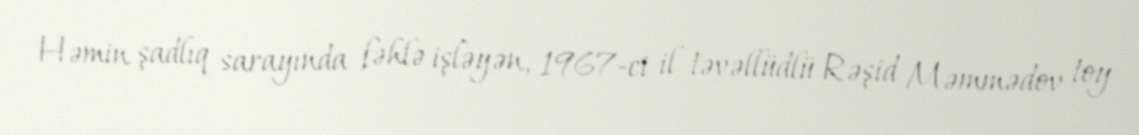
Həmin şadlıq sarayında fəhlə işləyən, 1967-ci il təvəllüdlü Rəşid Məmmədov toy